Malaria in the Duars
Disease focus: Malaria
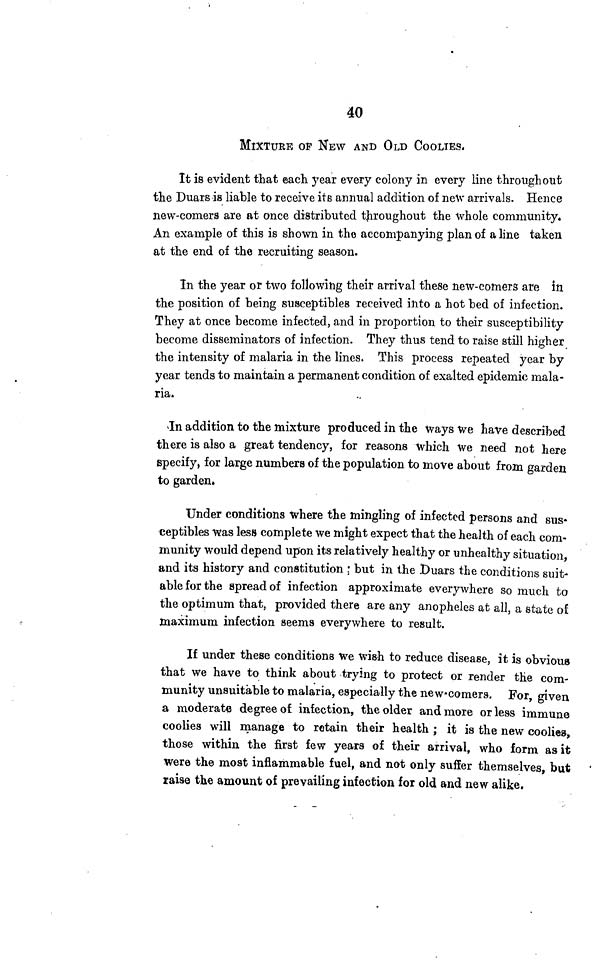
40
MIXTURE OF NEW AND OLD COOLIES,
It is evident that each year every colony in every line throughout
the Duars is liable to receive its annual addition of new arrivals. Hence
new-comers are at once distributed throughout the whole community.
An example of this is shown in the accompanying plan of a line taken
at the end of the recruiting season.
In the year or two following their arrival these new-comers are in
the position of being susceptibles received into a hot bed of infection.
They at once become infected, and in proportion to their susceptibility
become disseminators of infection. They thus tend to raise still higher.
the intensity of malaria in the lines. This process repeated year by
year tends to maintain a permanent condition of exalted epidemic mala-
ria.
In addition to the mixture produced in the Ways we have described
there is also a great tendency, for reasons which We need not here
specify, for large numbers of the population to move about from garden
to garden.
Under conditions where the mingling of infected persons and sus-
eeptibles was less complete we might expect that the health of each com-
munity would depend upon its relatively healthy or unhealthy situation,
and its history and constitution but in the Duars the conditions suit-
able for the spread of infection approximate everywhere so much to
the optimum that, provided there are any anopheles at all, a state of
maximum infection seems everywhere to result.
If under these conditions we wish to reduce disease, it is obvious
that we have to think about trying to protect or render the com-
munity unsuitable to malaria, especially the new-comers. For, given
a moderate degree of infection, the older and more or less immune
coolies will manage to retain their health ; it is the new coolies
those within the first few years of their arrival, who form as it
were the most inflammable fuel, and not only suffer themselves, but
raise the amount of prevailing infection for old and new alike.